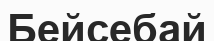
Бейсебай